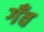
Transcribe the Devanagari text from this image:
गँव